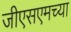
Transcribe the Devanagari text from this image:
जीएसएमच्या